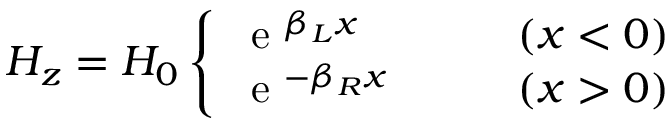
H _ { z } = H _ { 0 } \left\{ \begin{array} { l l } { \mathrm { ~ e ~ } ^ { \beta _ { L } x } } & { \qquad ( x < 0 ) } \\ { \mathrm { ~ e ~ } ^ { - \beta _ { R } x } } & { \qquad ( x > 0 ) } \end{array} \right.